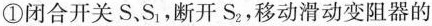
①闭合开关S、S_{1}，断开S_{2}，移动滑动变阻器的